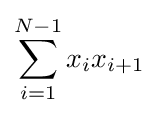
\sum _{i=1}^{N-1}x_{i}x_{i+1}